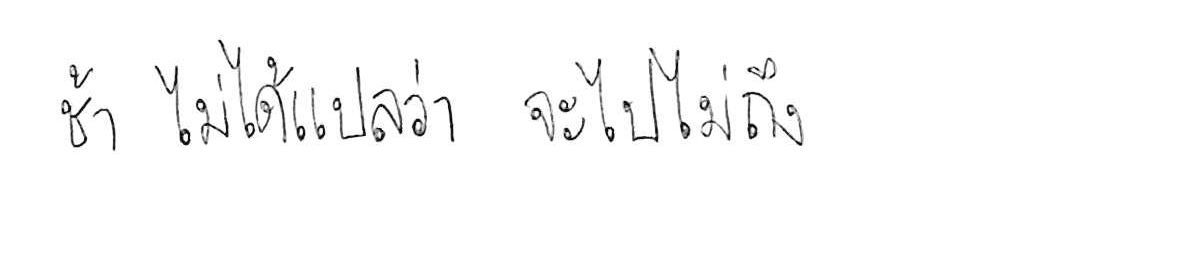
ช้า ไม่ได้แปลว่า จะไปไม่ถึง